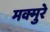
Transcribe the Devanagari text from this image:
मक्मुरे